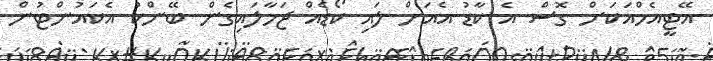
އޭޓީއެމްއަކަށް ގޮސް އެ ކާޑު އެއަށް ލައި ކޯޑެއް ޖަހާލައިގެން ބޭންކު އެކައުންޓުން